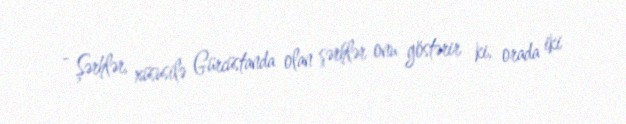
- Şərhlər, xüsusilə Gürcüstanda olan şərhlər onu göstərir ki, orada iki